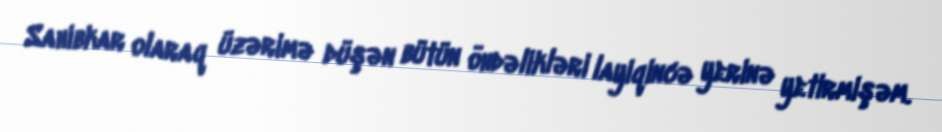
Sahibkar olaraq üzərimə düşən bütün öhdəlikləri layiqincə yerinə yetirmişəm.